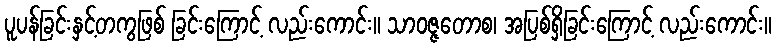
ပူပန်ခြင်းနှင့်တကွဖြစ် ခြင်းကြောင့် လည်းကောင်း။ သာဝဇ္ဇတောစ၊ အပြစ်ရှိခြင်းကြောင့် လည်းကောင်း။